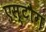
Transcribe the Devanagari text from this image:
एस्टौग़